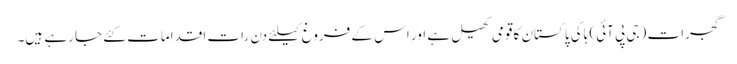
گجرات (جی پی آئی) ہاکی پاکستان کا قومی کھیل ہے اور اس کے فروغ کیلئے دن رات اقدامات کئے جا رہے ہیں۔